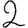
Digit: 2